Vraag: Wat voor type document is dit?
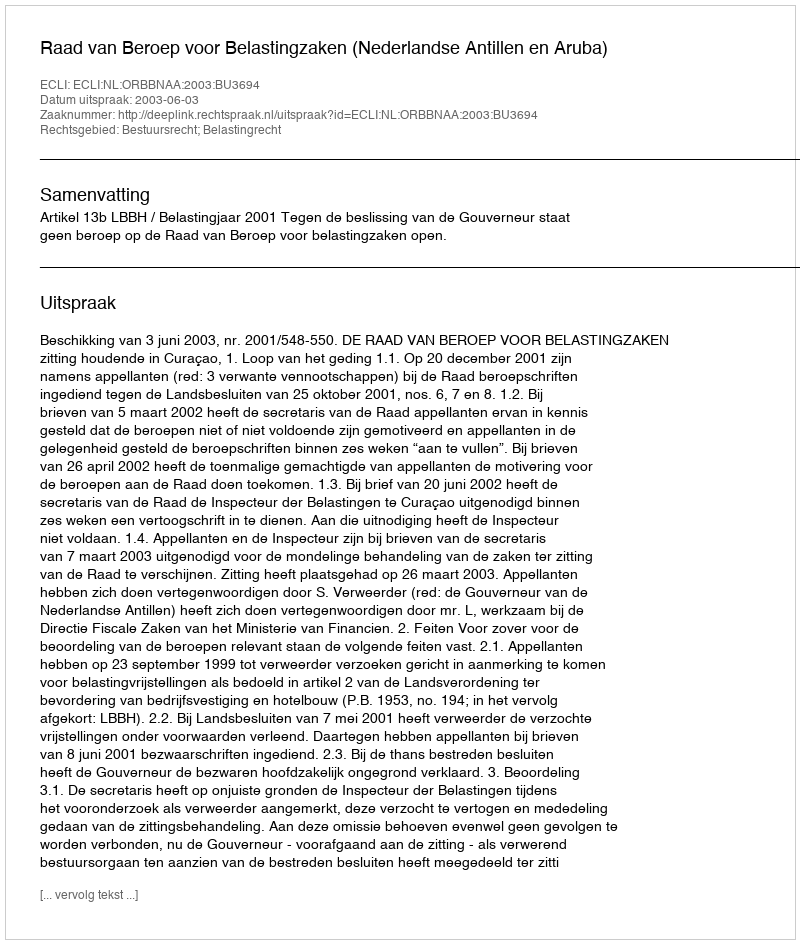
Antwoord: Uitspraak